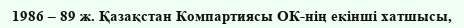
1986 – 89 ж. Қазақстан Компартиясы ОК-нің екінші хатшысы,